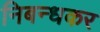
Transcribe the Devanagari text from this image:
निबन्धकर